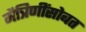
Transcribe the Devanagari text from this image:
मैत्रिणींसोबत